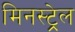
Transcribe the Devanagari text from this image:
मिनस्ट्रेल